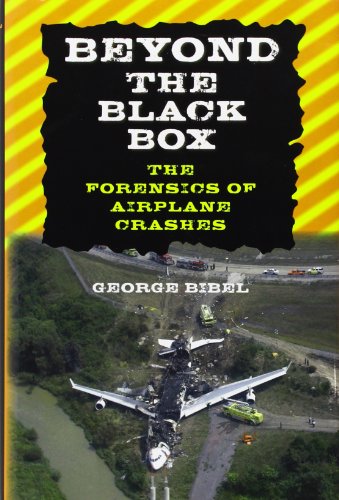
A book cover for Beyond the Black Box: The Forensics of Airplane Crashes; George Bibel; Medical Books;